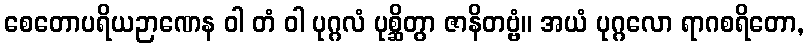
စေတောပရိယဉာဏေန ဝါ တံ ဝါ ပုဂ္ဂလံ ပုစ္ဆိတွာ ဇာနိတဗ္ဗံ။ အယံ ပုဂ္ဂလော ရာဂစရိတော,